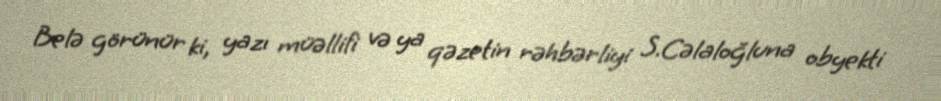
Belə görünür ki, yazı müəllifi və ya qəzetin rəhbərliyi S.Cəlaloğluna obyekti